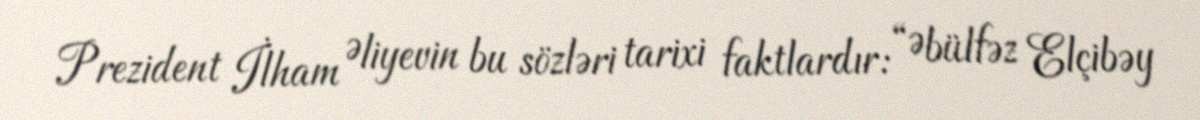
Prezident İlham Əliyevin bu sözləri tarixi faktlardır: “Əbülfəz Elçibəy